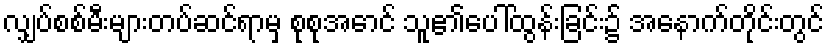
လျှပ်စစ်မီးများတပ်ဆင်ရာမှ စုစုအောင် သူ၏ပေါ်ထွန်းခြင်း၌ အနောက်တိုင်းတွင်